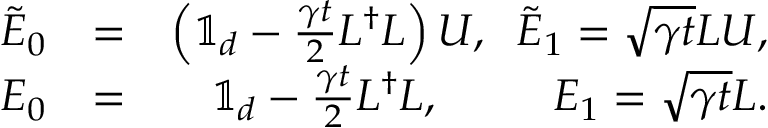
\begin{array} { r l r } { \tilde { E } _ { 0 } } & { = } & { \left( \mathbb { 1 } _ { d } - \frac { \gamma t } { 2 } L ^ { \dag } L \right) U , \; \; \tilde { E } _ { 1 } = \sqrt { \gamma t } L U , } \\ { E _ { 0 } } & { = } & { \mathbb { 1 } _ { d } - \frac { \gamma t } { 2 } L ^ { \dag } L , \; \; \; \; \; \; \; \; \; E _ { 1 } = \sqrt { \gamma t } L . } \end{array}